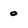
Character: o